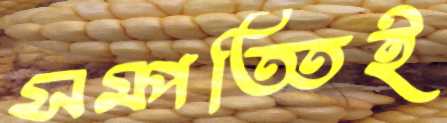
সম্পত্তিই